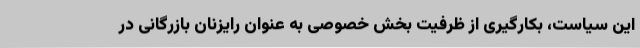
این سیاست، بکارگیری از ظرفیت بخش خصوصی به عنوان رایزنان بازرگانی در